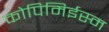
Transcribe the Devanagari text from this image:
कोपिमिईस्म